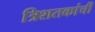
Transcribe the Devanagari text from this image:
त्रिशतकांची